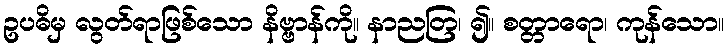
ဥပဓိမှ လွတ်ရာဖြစ်သော နိဗ္ဗာန်ကို။ နာညတြ၊ ၍။ စတ္တာရော၊ ကုန်သော။